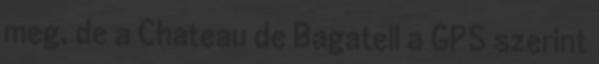
meg, de a Chateau de Bagatell a GPS szerint